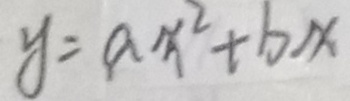
y = a x ^ { 2 } + b x